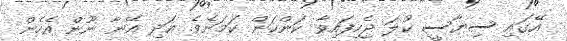
އޭގައި ސިޔާސީ ކުލަ ޖެހިފައިވާ ކަންކަން ކަމަށެވެ. އަދި އޭނާ ނޫން އެހެން